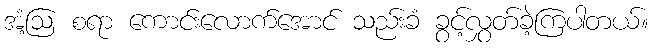
အံ့ဩ စရာ ကောင်းလောက်အောင် သည်းခံ ခွင့်လွှတ်ခဲ့ကြပါတယ်။